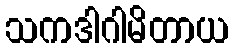
သကဒါဂါမိတာယ